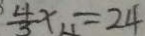
\frac { 4 } { 3 } x = 2 4